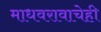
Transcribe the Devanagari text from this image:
माधवरावाचेही